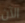
الآن